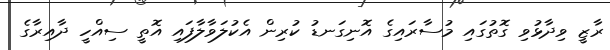
ރާޒީ ވިދާޅުވި ގޮތުގައި މުސާރައިގެ އޮނިގަނޑު ކުރިން އެކުލަވާލާފައި އޮތީ ސިއްހީ ދާއިރާގެ